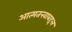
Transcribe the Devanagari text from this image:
आत्मतत्त्वाबद्दल